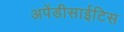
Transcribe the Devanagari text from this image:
अपेंडीसाईटिस